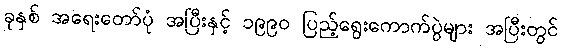
ခုနှစ် အရေးတော်ပုံ အပြီးနှင့် ၁၉၉၀ ပြည့်ရွေးကောက်ပွဲများ အပြီးတွင်